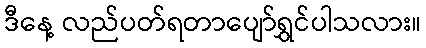
ဒီနေ့ လည်ပတ်ရတာပျော်ရွှင်ပါသလား။